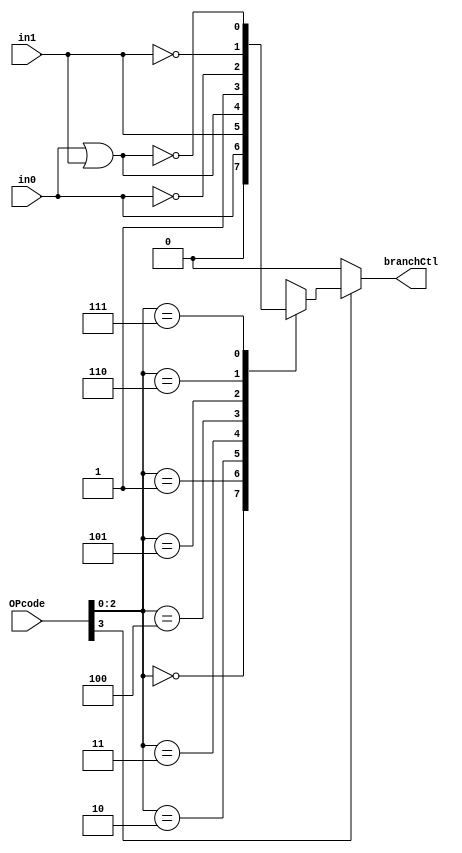
module branch_ctl (
    input  wire [3:0] OPcode,
    input  wire       in0,
    input  wire       in1,
    output reg        branchCtl
);

localparam 
NOP = 3'b000, // never branch
B0  = 3'b001, // branch if input 0 is true
B1  = 3'b010, // branch if input 1 is true
BA  = 3'b011, // branch any; if either of inputs is true
BR  = 3'b100, // always branch
BN0 = 3'b101, // branch if not input 0
BN1 = 3'b110, // branch if not input 1
BNA = 3'b111  // branch if both inputs are false
;

always @*
    if(!OPcode[3]) // this is not branch instruction
        branchCtl = 1'b0;
    else
        case(OPcode[2:0])
            NOP: branchCtl = 1'b0;
            B0: branchCtl  = in0;
            B1: branchCtl  = in1;
            BA: branchCtl  = in0 | in1;
            BR: branchCtl  = 1'b1;
            BN0: branchCtl = ~in0;
            BN1: branchCtl = ~in1;
            BNA: branchCtl = ~(in0 | in1);
        endcase

endmodule